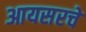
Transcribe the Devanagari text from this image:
आयसरचे